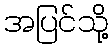
အပြင်သို့